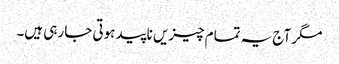
مگر آج یہ تمام چیزیں ناپید ہوتی جا رہی ہیں۔